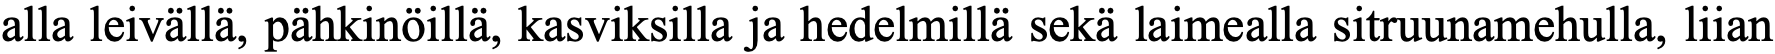
alla leivällä, pähkinöillä, kasviksilla ja hedelmillä sekä laimealla sitruunamehulla, liian